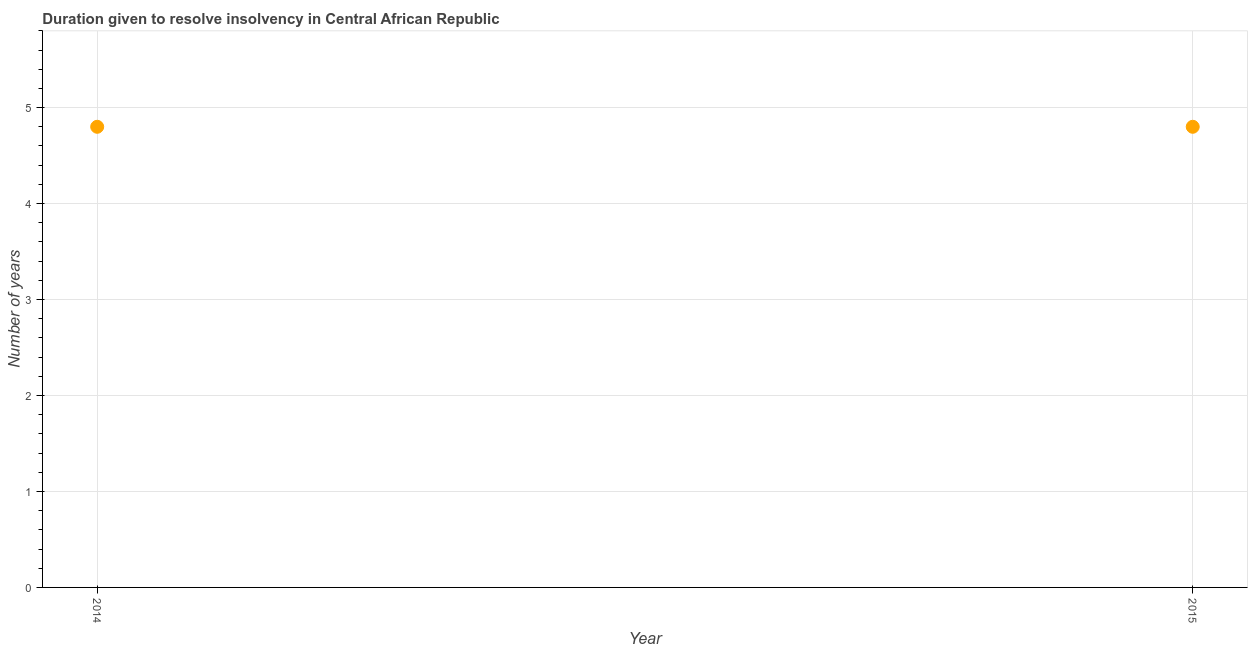
| Year | Resolve insolvency |
 | --- | --- |
 | 2014 | 4.8 |
 | 2015 | 4.8 |